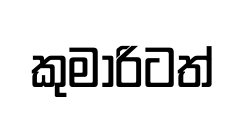
කුමාරිටත්